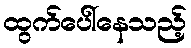
ထွက်ပေါ်နေသည့်